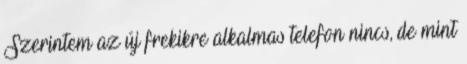
Szerintem az új frekikre alkalmas telefon nincs, de mint